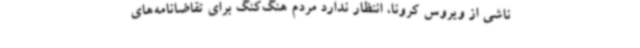
ناشی از ویروس کرونا، انتظار ندارد مردم هنگ‌کنگ برای تقاضانامه‌های